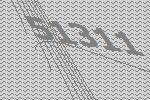
51311